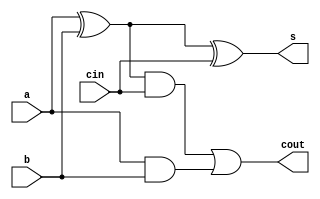
module adder1 (s, cout, a, b, cin); 
	output s, cout; 
	input a, b, cin; 
	wire t1, t2, t3;
	xor (t1, a, b); 
	xor (s, t1, cin); 
	and (t2, t1, cin);
	and (t3, a, b); 
	or (cout, t2, t3); 
endmodule